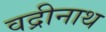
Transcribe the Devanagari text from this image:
वद्रीनाथ